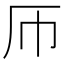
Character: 𫨂